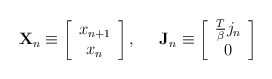
\begin{align*}\mathbf{X}_n\equiv \left[ \begin{array}{c}x_{n+1} \\ x_n\end{array}\right] ,\;\;\;\;\;\mathbf{J}_n\equiv \left[ \begin{array}{c}\frac T\beta j_n \\ 0\end{array}\right]\end{align*}